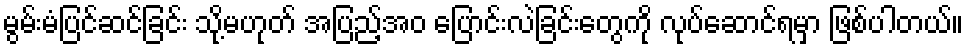
မွမ်းမံပြင်ဆင်ခြင်း သို့မဟုတ် အပြည့်အဝ ပြောင်းလဲခြင်းတွေကို လုပ်ဆောင်ရမှာ ဖြစ်ပါတယ်။